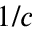
1 / c